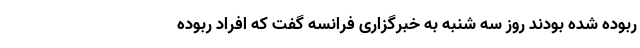
ربوده شده بودند روز سه شنبه به خبرگزاری فرانسه گفت که افراد ربوده